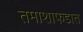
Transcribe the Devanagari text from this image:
तमाशाफडात